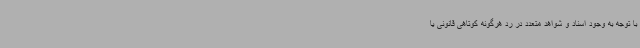
با توجه به وجود اسناد و شواهد متعدد در رد هرگونه کوتاهی قانونی یا